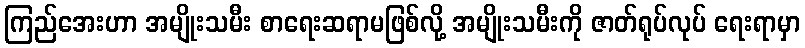
ကြည်အေးဟာ အမျိုးသမီး စာရေးဆရာမဖြစ်လို့ အမျိုးသမီးကို ဇာတ်ရုပ်လုပ် ရေးရာမှာ